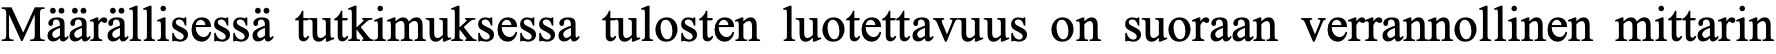
Määrällisessä tutkimuksessa tulosten luotettavuus on suoraan verrannollinen mittarin